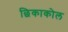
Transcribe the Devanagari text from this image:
छिकाकोल